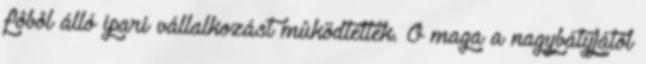
fôbôl álló ipari vállalkozást mûködtettek. Ô maga a nagybátyjától